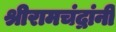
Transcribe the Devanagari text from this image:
श्रीरामचंद्रांनी